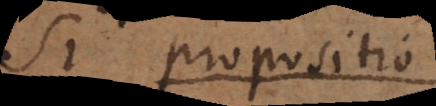
2 propositio